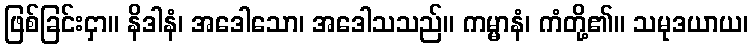
ဖြစ်ခြင်းငှာ။ နိဒါနံ၊ အဒေါသော၊ အဒေါသသည်။ ကမ္မာနံ၊ ကံတို့၏။ သမုဒယာယ၊